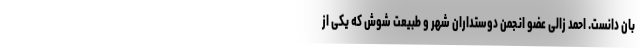
بان دانست. احمد زالی عضو انجمن دوستداران شهر و طبیعت شوش که یکی از